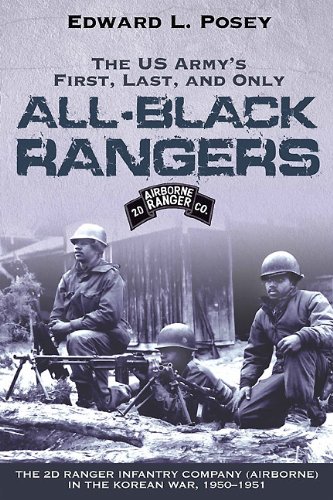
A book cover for US ARMY'S FIRST, LAST, AND ONLY ALL-BLACK RANGERS, THE: The 2d Ranger Infantry Company (Airborne) in the Korean War, 1950-1951; Edward Posey; History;